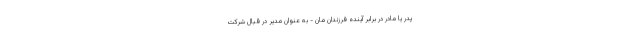
پدر یا مادر در برابر آینده فرزندان مان - به عنوان مدیر در قبال شرکت